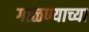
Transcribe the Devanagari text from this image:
गाळण्याच्या